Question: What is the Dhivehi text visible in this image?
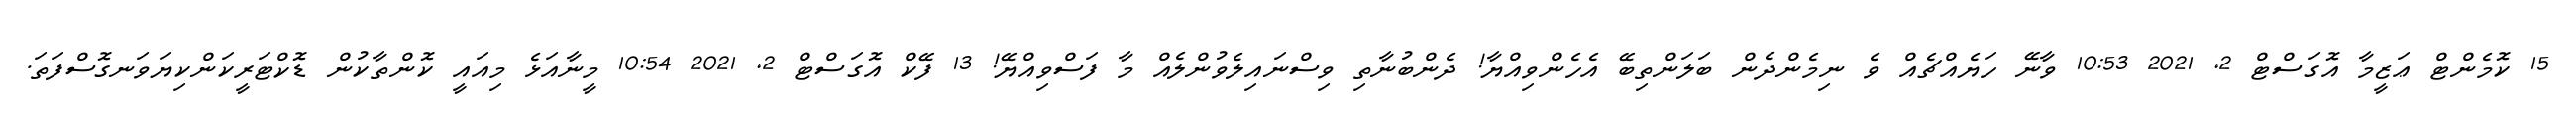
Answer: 15 ކޮމެންޓް ޢަޒީމާ އޮގަސްޓް 2, 2021 10:53 ވާނޭ ހަޔެއްޗެއް ވެ ނިމެންދެން ބަލަންތިބޭ އެހެންވިއްޔާ! ދެންބުނާތި ވިސްނައިލެވުންލެއް މާ ފަސްވިއްޔޭ! 13 ފޭކް އޮގަސްޓް 2, 2021 10:54 މީނާއަޅެ މިއައީ ކޮންތާކުން ޑޮކްޓަރީކަންކިޔަވަނގޮސްފަތަ.